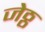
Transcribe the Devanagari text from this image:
जेठ्ठ